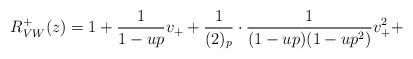
LaTeX: \begin{align*}R^+_{VW}(z) =1+\frac{1}{1-up}v_++\frac{1}{(2)_p}\cdot\frac{1}{(1-up)(1-up^2)}v_+^2+\end{align*}